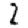
Digit: 2